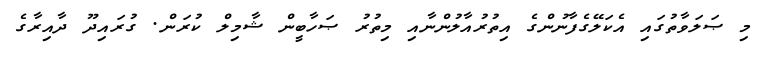
މި ޞަލަވާތުގައި އެކަލޭގެފާނުންގެ އިތުރުއާލުންނާއި މިތުރު ޞަހާބީން ޝާމިލް ކުރަން. ގުރައިދޫ ދާއިރާގެ